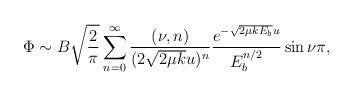
\begin{align*}\Phi\sim B \sqrt{\frac{2}{\pi}}\sum^{\infty}_{n=0} \frac{(\nu,n)}{(2\sqrt{2\mu k}u)^n} \frac{e^{-\sqrt{2\mu k E_b}u}}{E_b^{n/2}} \sin{\nu \pi},\end{align*}